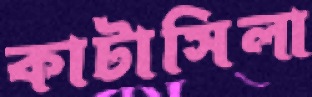
কাটাসিলা